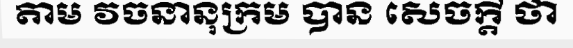
តាម វចនានុក្រម បាន សេចក្តី ថា